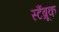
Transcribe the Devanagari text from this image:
स्टैंब्रूक